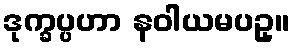
ဒုက္ခပ္ပဟာ နဝါယမပဥှ။